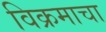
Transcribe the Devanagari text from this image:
विक्रमाचा